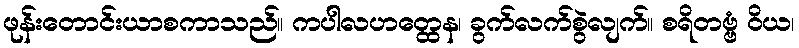
ဖုန်းတောင်းယာစကာသည်။ ကပါလဟတ္ထေန၊ ခွက်လက်စွဲလျက်။ စရိတဗ္ဗံ ဝိယ၊